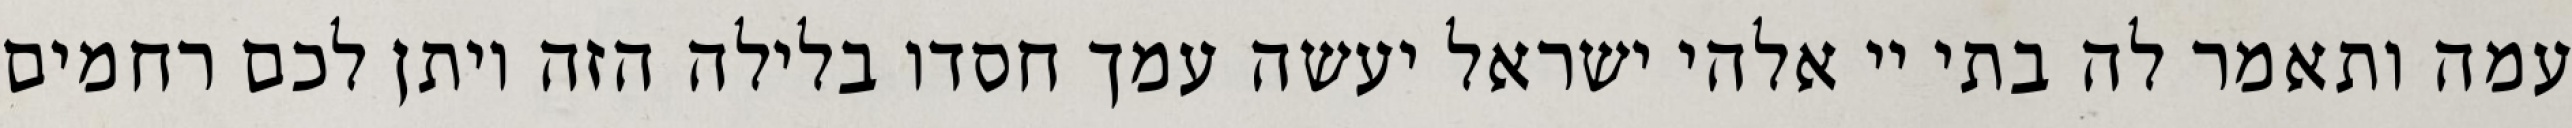
עמה ותאמר לה בתי יי אלהי ישראל יעשה עמך חסדו בלילה הזה ויתן לכם רחמים